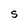
Character: S